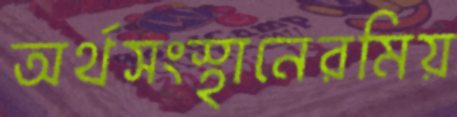
অর্থসংস্থানেরমিয়